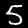
Label: 5